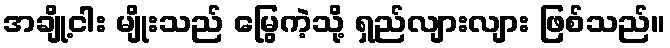
အချို့ငါး မျိုးသည် မြွေကဲ့သို့ ရှည်လျားလျား ဖြစ်သည်။